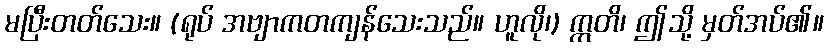
မပြီးတတ်သေး။ (ရုပ် အဗျာကတကျန်သေးသည်။ ဟူလို၊) ဣတိ၊ ဤသို့ မှတ်အပ်၏။